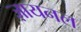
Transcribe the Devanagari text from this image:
ज़ायनल